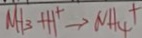
M H _ { 3 } + H ^ { + } \rightarrow N H _ { 4 } +